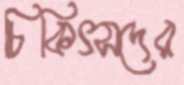
চিকিৎসদের